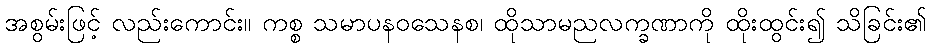
အစွမ်းဖြင့် လည်းကောင်း။ ကစ္စ သမာပနဝသေနစ၊ ထိုသာမညလက္ခဏာကို ထိုးထွင်း၍ သိခြင်း၏